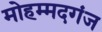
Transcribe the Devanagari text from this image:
मोहम्मदगंज